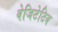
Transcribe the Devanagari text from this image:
वेजिटेटिव